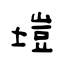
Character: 塏